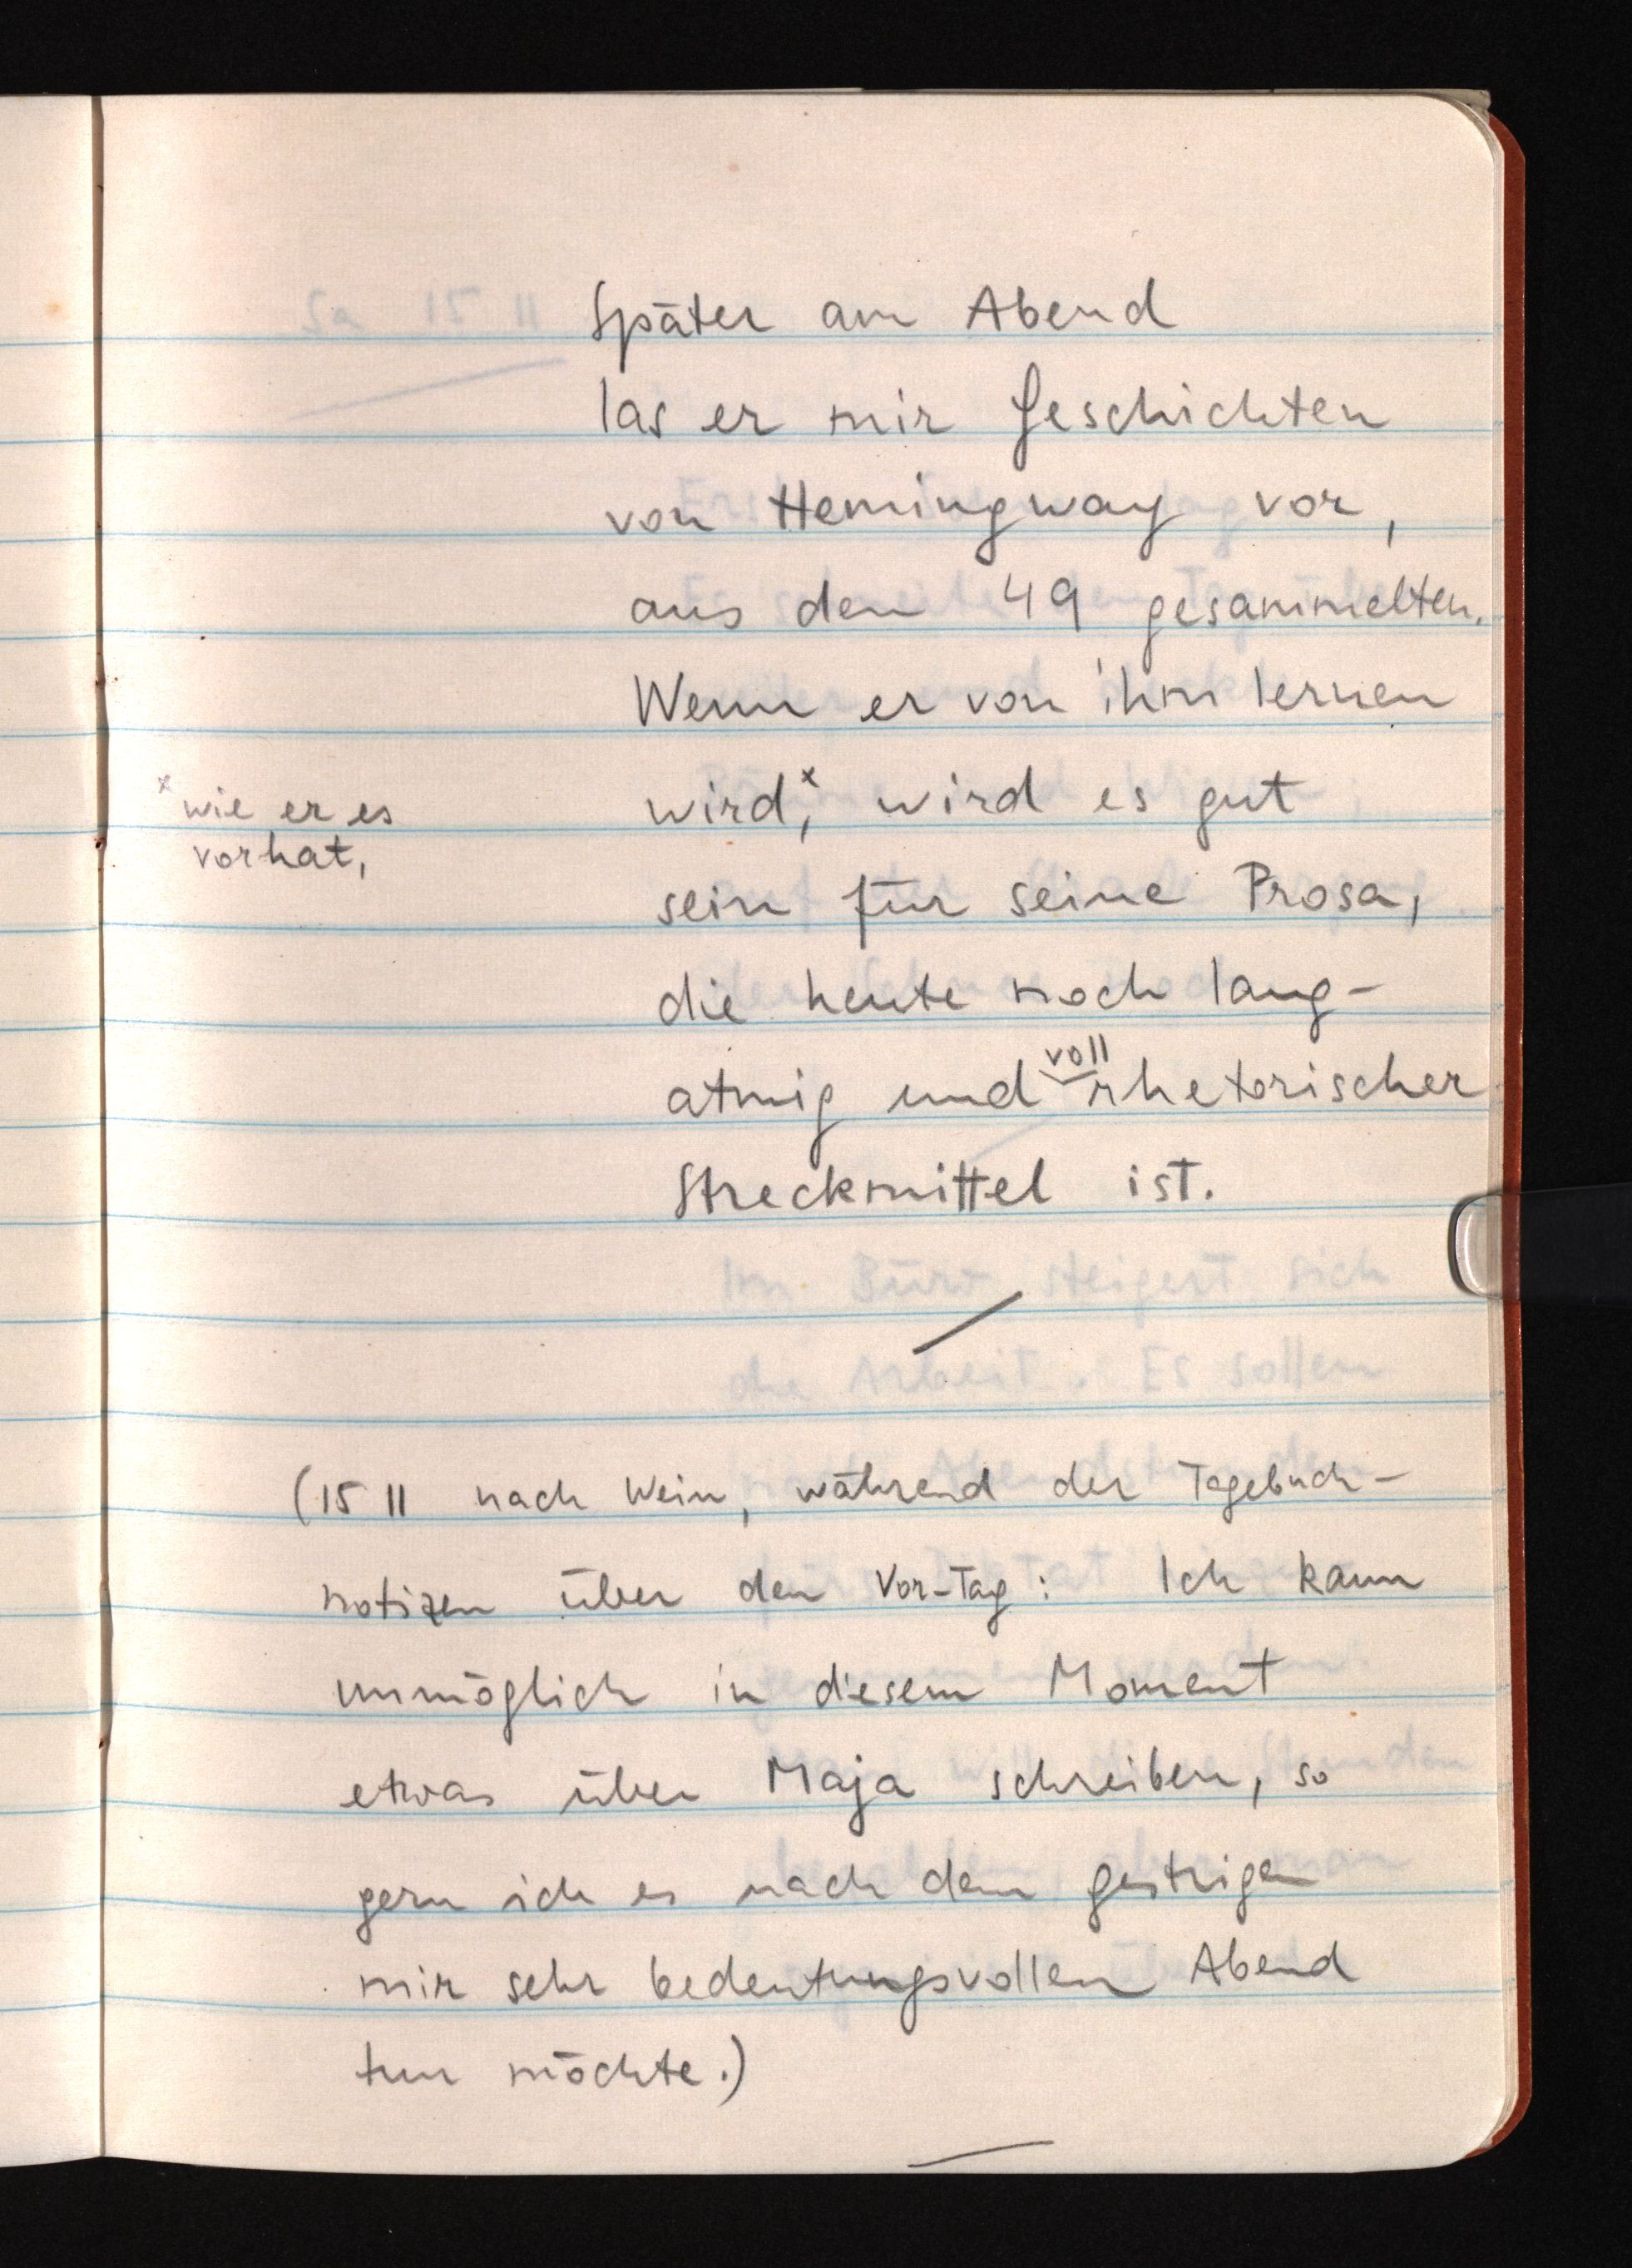
Später am Abend
las er mir Geschichten
von Hemingway vor,
aus den 49 gesammelten.
Wenn er von ihm lernen
sein für seine Prosa,
sein für seine Prosa,
die heute noch lang¬
voll
atmig und rhetorischer
Streckmittel ist.
(15 11 nach Wein, während der Tagebuch¬
notizen über den Vor-Tag: Ich kann
unmöglich in diesem Moment
etwas über Maja schreiben, so
gern ich es nach dem gestrigen
mir sehr bedeutungsvollen Abend
tun möchte.)

x wie er es
vorhat,